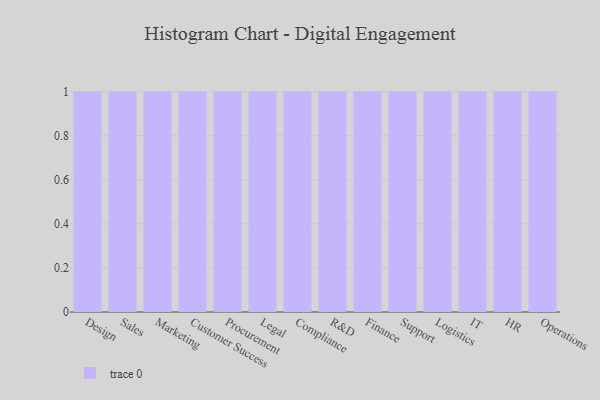
{"axis": {"x": "Department", "y": "Customer Acquisition Cost (USD)"}, "legend": [""], "data": [{"x": "Design", "y": 60, "type": ""}, {"x": "Sales", "y": 61, "type": ""}, {"x": "Marketing", "y": 60, "type": ""}, {"x": "Customer Success", "y": 63, "type": ""}, {"x": "Procurement", "y": 9, "type": ""}, {"x": "Legal", "y": 64, "type": ""}, {"x": "Compliance", "y": 75, "type": ""}, {"x": "R&D", "y": 75, "type": ""}, {"x": "Finance", "y": 98, "type": ""}, {"x": "Support", "y": 41, "type": ""}, {"x": "Logistics", "y": 62, "type": ""}, {"x": "IT", "y": 41, "type": ""}, {"x": "HR", "y": 13, "type": ""}, {"x": "Operations", "y": 15, "type": ""}]}